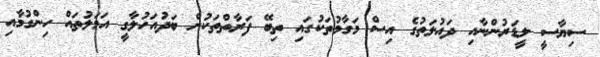
ސިޔާސީ ލީޑަރުންނާއި ދައުލަތުގެ އިސް މަގާމުތަކުގައި ތިބޭ ފަރާތްތަކުން ބަދުއަހުލާގީ އަމަލުތައް ހިންގުމާއި